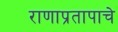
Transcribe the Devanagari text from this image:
राणाप्रतापाचे